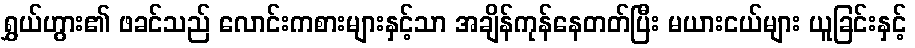
ရွှယ်ဟွား၏ ဖခင်သည် လောင်းကစားများနှင့်သာ အချိန်ကုန်နေတတ်ပြီး မယားငယ်များ ယူခြင်းနှင့်